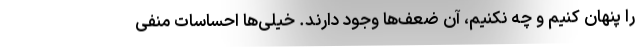
را پنهان کنیم و چه نکنیم، آن ضعف‌ها وجود دارند. خیلی‌ها احساسات منفی